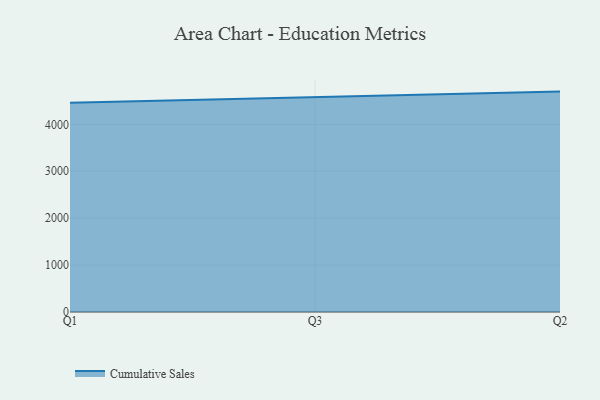
{"axis": {"x": "Quarter", "y": "Customer Acquisition Cost (USD)"}, "legend": ["Cumulative Sales"], "data": [{"x": "Q1", "y": 4461.7, "type": "Cumulative Sales"}, {"x": "Q3", "y": 4575.4, "type": "Cumulative Sales"}, {"x": "Q2", "y": 4696.8, "type": "Cumulative Sales"}]}